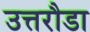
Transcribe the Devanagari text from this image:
उत्तरौडा